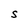
Character: S